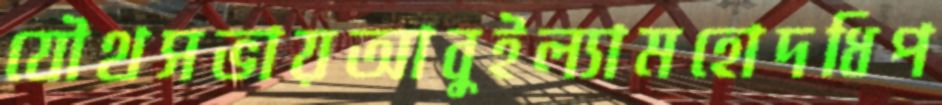
যৌথসভায়আবুইল্যামহোদধিপ